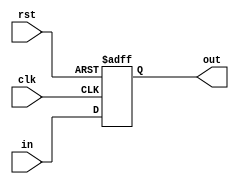
module delay_unit(clk, rst, in, out);
input	clk, rst;
input	signed [7:0] in;
output reg signed [7:0] out;
initial begin
out <= 0;
end
always @ (posedge clk or negedge rst) begin
if(!rst)
  out <= 0;
else
  out <= in;
end
endmodule